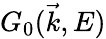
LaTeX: G_{0}(\vec{k},E)